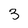
Character: 3